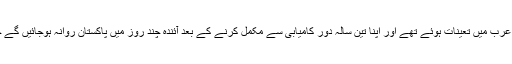
بریگیڈیئر طاہر ملک 2012 میں سعودی عرب میں تعینات ہوئے تھے اور اپنا تین سالہ دور کامیابی سے مکمل کرنے کے بعد آئندہ چند روز میں پاکستان روانہ ہوجائیں گے جہاں وہ اپنی نئی ذمہ داریاں سنبھالیں گے۔